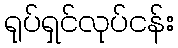
ရုပ်ရှင်လုပ်ငန်း